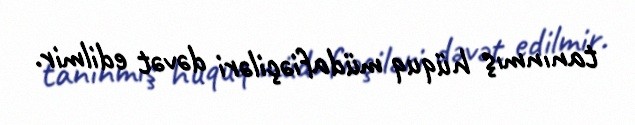
tanınmış hüquq müdafiəçiləri dəvət edilmir.